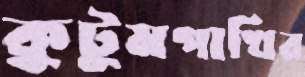
কুটুমপাখির